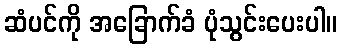
ဆံပင်ကို အခြောက်ခံ ပုံသွင်းပေးပါ။